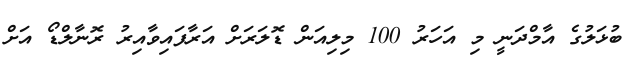
ބުޅަލުގެ އާމްދަނީ މި އަހަރު 100 މިލިއަން ޑޮލަރަށް އަރާފައިވާއިރު ރޮނާލްޑޯ އަށް